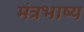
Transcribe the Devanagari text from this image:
मंत्रभाष्य